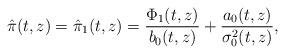
LaTeX: \begin{align*}\hat{\pi}(t,z)=\hat{\pi}_1(t,z)=\frac{\Phi_1(t,z)}{b_0(t,z)}+\frac{a_0(t,z)}{\sigma^2_0(t,z)},\end{align*}